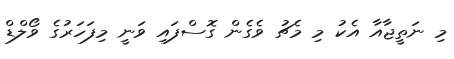
މި ނަތީޖާއާ އެކު މި މެޗު ވެގެން ގޮސްފައި ވަނީ މިފަހަރުގެ ވޯލްޑް